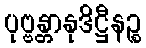
ပုဗ္ဗန္တာနုဒိဋ္ဌီနဉ္စ